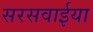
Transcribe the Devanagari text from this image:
सरसवाईया